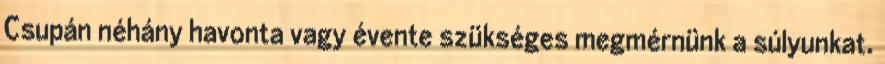
Csupán néhány havonta vagy évente szükséges megmérnünk a súlyunkat.